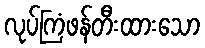
လုပ်ကြံဖန်တီးထားသော